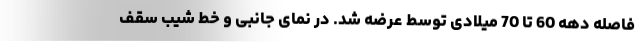
فاصله دهه 60 تا 70 میلادی توسط عرضه شد. در نمای جانبی و خط شیب سقف